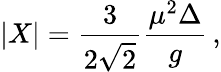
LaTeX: |X|={\frac{3}{2\sqrt 2}}{\frac{\mu^{2}\Delta}{g}}\, ,